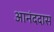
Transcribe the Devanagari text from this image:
आनंददास